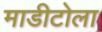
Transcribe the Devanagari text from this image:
माडीटोला